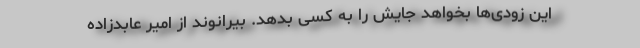
این زودی‌ها بخواهد جایش را به کسی بدهد. بیرانوند از امیر عابدزاده